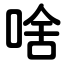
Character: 啥